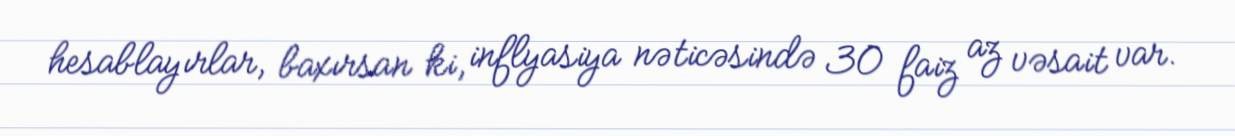
hesablayırlar, baxırsan ki, inflyasiya nəticəsində 30 faiz az vəsait var.